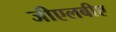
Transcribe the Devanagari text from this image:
जीएलबीए